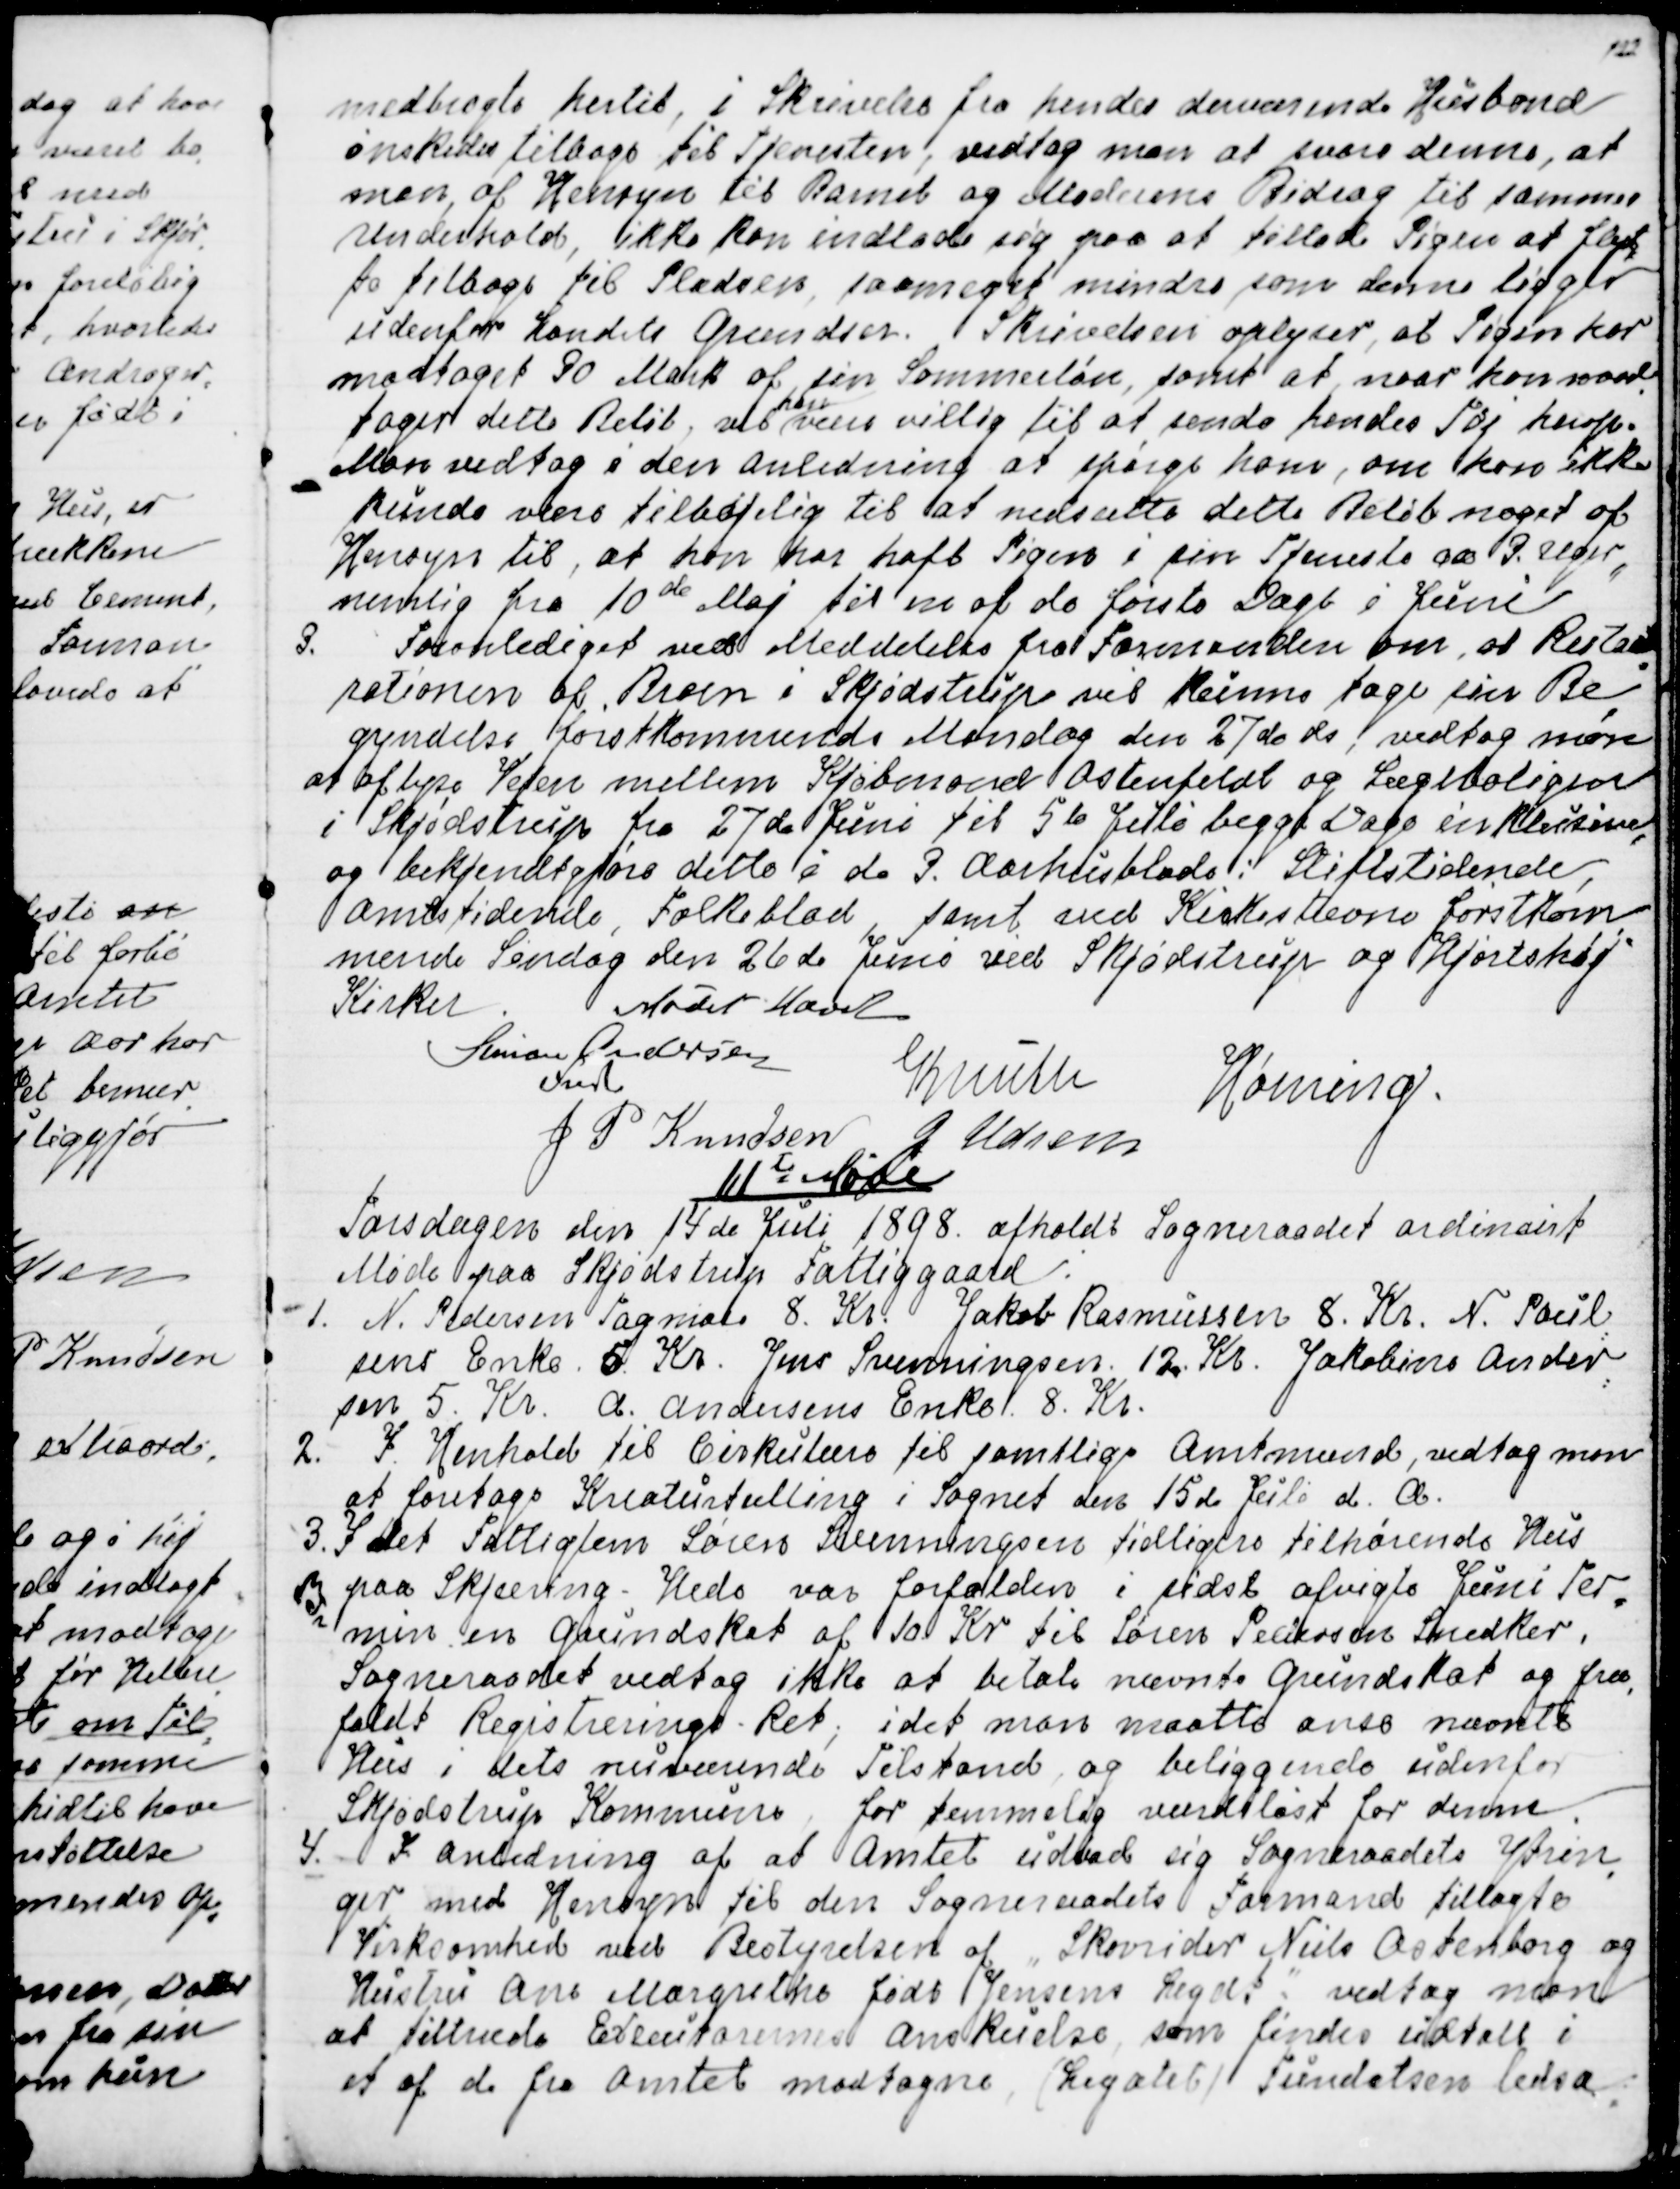
Transskription:
medbragte hertil, i Skrivelse fra hendes daværende Husbond
ønskedes tilbage i Tjenesten, vedtog man at svare denne, at
man, af Hensyn til Barnet og Moderens Bidrag til sammes 
Underhold, ikke kan indlade sig paa at tillade Pigen at flyt
=
te tilbage til Pladsen, saameget mindre som denne ligger
udenfor Landets Grændser. Skrivelsen oplyser, at Pigen har
modtaget 90 Mark af sin Sommerløn, samt at naar hon mod
=
tager dette Beløb, vil 
han
være villig til at sende hendes Tøj herop.
Man vedtog i den Anledning at spørge ham, om han ikke
kunde være tilbøjelig til at nedsætte dette Beløb noget af
Hensyn til, at han har haft Pigen i sin Tjeneste ca 3. Uger,
nemlig fra 10de Maj til en af de første dage i Juni.
3. Foranlediget ved Meddelelse fra Formanden om, at Restau
=
rationen af Broen i Skjødstrup vil kunne tage sin Be
=
gyndelse førstkommende Mandag den 27de ds, vedtog man
at aflyse Vejen mellem Kjøbmand Ostenfeldt og Lægeboligen
i Skjødstrup fra 27de Juni til 5te Juli begge Dage inklusive,
og Bekjendtgjøre ditto i de 3 Aarhusblade: Stiftstidende,
Amtstidende, Folkeblad, samt ved Kirkestævne førstkom
=
mende Søndag den 26de Juni ved Skjødstrup og Hjortshøj
Kirker
Mødet hævet
Simon Andersen
Fmd
Knuth
Hørning.
J P Knudsen
J Udsen

11te Møde
Torsdagen den 14de Juli 1898 afholdt Sogneraadet ordinairt
Møde paa Skjødstrup Fattiggaard.
1. N. Pedersen Tagmose 8. Kr.  Jakob Rasmussen 8. Kr. N. Poul
=
sens Enke 5. Kr.  Jens Svenningsen 12. Kr. Jakobine Ander
=
sen 5. Kr.  A. Andersens Enke 8. Kr.
2. I Henhold til Cirkulære til samtlige Amtmænd, vedtog man
at foretage Kreaturtælling i Sognet den 15de Juli d. A.
3. I det Fattiglem Søren Svenningsen tidligere tilhørende Hus
paa Skjæring - Hede var forfalden i sidst afvigte Juni Ter
=
min en Grundskat af 10 Kr til Søren Pedersen Snedker,
Sogneraadet vedtog ikke at betale nævnte Grundskat og fra
=
faldt Registrerings - Ret, idet man maatte anse nævnte
Hus i dets nuværende Tilstand og beliggende udenfor
Skjødstrup Kommune, for temmelig værdiløst for denne.
4. I Anledning af at Amtet udbad sig Sogneraadets Ytrin
=
ger med Hensyn til den Sogneraadets Formand tillagte
Virksomhed ved Bestyrelsen af  "Skovrider Niels Ostenborg og
Hustru Ane Margrethe født Jensens Legat":  vedtog man
at tiltræde Executorernes Anskuelse som findes udtalt i
et af de fra Amtet modtagne (Legatets) Fundatsen ledsa
=